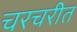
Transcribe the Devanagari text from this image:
चरचरीत